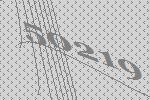
50219